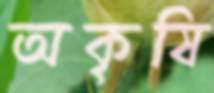
অকৃষি